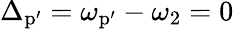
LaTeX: \Delta_{\textrm{p}\mathrm{{'}}}=\omega_{\textrm{p}\mathrm{{'}}}-\omega_{2}=0